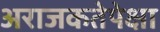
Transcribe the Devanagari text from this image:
अराजकतेपेक्षा